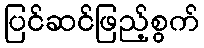
ပြင်ဆင်ဖြည့်စွက်